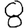
Digit: 8